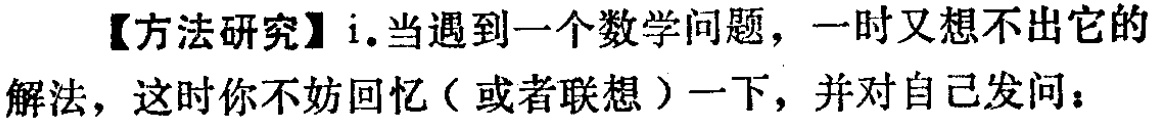
【方法研究】i.当遇到一个数学问题，一时又想不出它的解法，这时你不妨回忆（或者联想）一下，并对自己发问：